First report of the anti-malarial operations at Mian Mir, 1901-1903 - Number 6
Year: 1901
Disease focus: Malaria
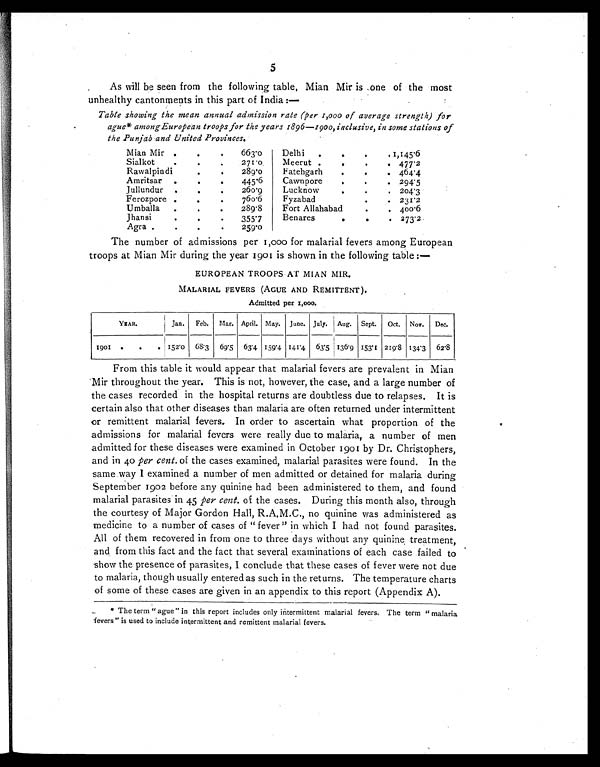
5
As will be seen from the following table, Mian Mir is one of the most
unhealthy cantonments in this part of India:—
Table showing the mean annual admission rate (per 1,000 of average strength) for
ague* among European troops for the years 1896-1900, inclusive, in some stations of
the Punjab and United Provinces.
Mian Mir
.
.
663.0
Delhi
. .
.1,145.6
Sialkot
.
.
271.0
Meerut
.
.
477.2
Rawalpindi
.
.
289.0o
Fatehgarh
.
.
464.4
Amritsar
.
.
445.6
Cawnpore
.
.
294.5
Jullundur.
..
.
260.9
Lucknow
.
. 204.3
Ferozpore
.
.
760.6
Fyzabad
.
. 231.2
Umballa
.
289.8
Fort Allahabad
.
. 400.6
Jhansi
.
.
355.7
Benares
.
.
273.2
Agra
.
.
259.0
The number of admissions per 1,000 for malarial fevers among European
troops at Mian Mir during the year 1901 is shown in the following table:—
EUROPEAN TROOPS AT MIAN MIR.
MALARIAL FEVERS (AGUE AND REMITTENT ).
Admitted per 1,000.
YEAR
Jan.
Feb. Mar. April. May. June. July. Aug. Sept.
Oct. Nov.
Dec.
1901
152.0 68.3 69.5 63.4 159.4 141.4 63.5 136.9 153.1 219 . 8 134.3 62.8
From this table it would appear that malarial fevers are prevalent in Mian
Mir throughout the year. This is not, however, the case, and a large number of
the cases recorded in the hospital returns are doubtless due to relapses. It is
certain also that other diseases than malaria are often returned under intermittent
or remittent malarial fevers. In order to ascertain what proportion of the
admissions for malarial fevers were really due to malaria, a number of men
admitted for these diseases were examined in October 1901 by Dr. Christophers,
and in 40 per cent. of the cases examined, malarial parasites were found. In the
same way I examined a number of men admitted or detained for malaria during
September 1902 before any quinine had been administered to them, and found
malarial parasites in 45 per cent. of the cases. During this month also, through
the courtesy of Major Gordon Hall, R.A.M.C., no quinine was administered as
medicine to a number of cases of " fever " in which I had not found parasites.
All of them recovered in from one to three days without any quinine, treatment,
and from this fact and the fact that several examinations of each case failed to
show the presence of parasites, I conclude that these cases of fever were not due
to malaria, though usually entered as such in the returns. The temperature charts
of some of these cases are given in an appendix to this report (Appendix A).
* The term " ague " in this report includes only intermittent malarial fevers. The term " malaria
fevers" is used to include intermittent and remittent malarial fevers.